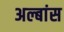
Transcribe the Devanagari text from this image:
अल्बांस